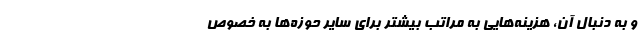
و به دنبال آن، هزینه‌هایی به مراتب بیشتر برای سایر حوزه‌ها به خصوص